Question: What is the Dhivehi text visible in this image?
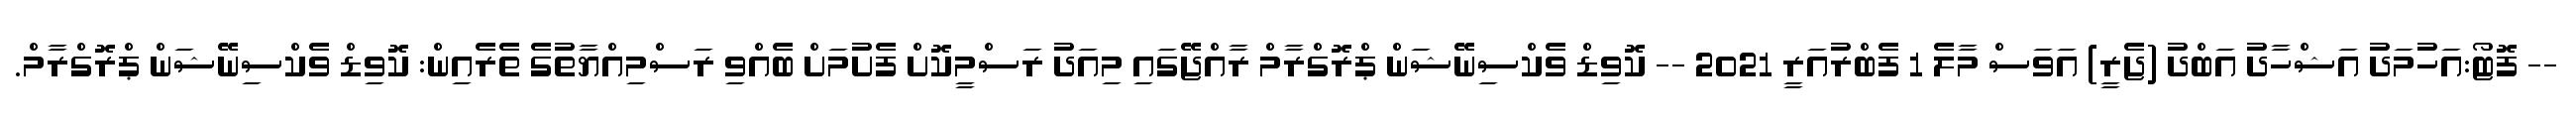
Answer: -- ފޮޓޯ:އަހުމަދު އަޝްހާދު އަބްދު (ޖެރީ) އަވަސް މާލެ 1 ފެބްރުއަރީ 2021 -- ކޮވިޑް ވެކްސިނޭޝަން ޕްރޮގްރާމް ރާއްޖޭގައި މިއަދު ރަސްމީކޮށް ފެށުމަށް ބެއްވި ރަސްމިއްޔާތުގެ ތެރެއިން: ކޮވިޑް ވެކްސިނޭޝަން ޕްރޮގްރާމް.